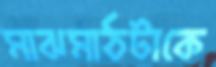
মাঝমাঠটাকে